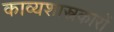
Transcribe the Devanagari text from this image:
काव्यशास्त्रकारों